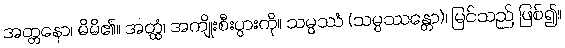
အတ္တနော၊ မိမိ၏။ အတ္ထံ၊ အကျိုးစီးပွားကို။ သမ္ပဿံ (သမ္ပဿန္တော)၊ မြင်သည် ဖြစ်၍။